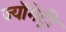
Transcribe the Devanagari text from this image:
ज्यॉमेट्री